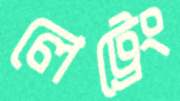
লেট্রেং